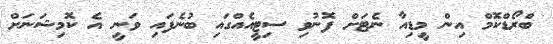
ބްރޯޑްކޮމް އިން މީޑިއާ ނެޓަށް ފޮނުވި ސިޓީއެއްގައި ބުނެފައި ވަނީ އެ ކޮމިޝަނަށް